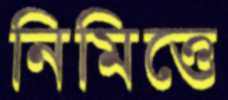
নিমিত্তে